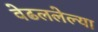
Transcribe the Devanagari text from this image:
वेढललेल्या